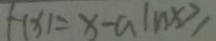
f ( x ) = x - a \ln x \geq